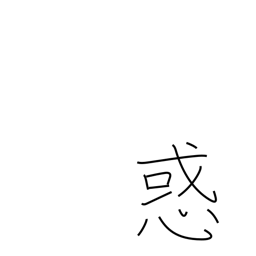
Meaning: perplexity